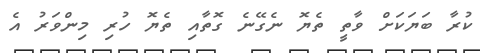
ކުރާ ބަޔަކަށް ވާތީ ތެޔޮ ނެގޭނެ ގޮތާއި ތެޔޮ ހުރި މިންވަރު އެ